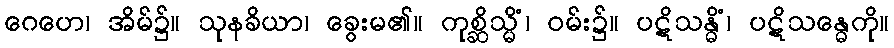
ဂေဟေ၊ အိမ်၌။ သုနခိယာ၊ ခွေးမ၏။ ကုစ္ဆိသ္မိံ၊ ဝမ်း၌။ ပဋိသန္ဓိံ၊ ပဋိသန္ဓေကို။